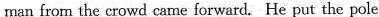
man from the crowd came forward. He put the pole